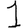
Digit: 1